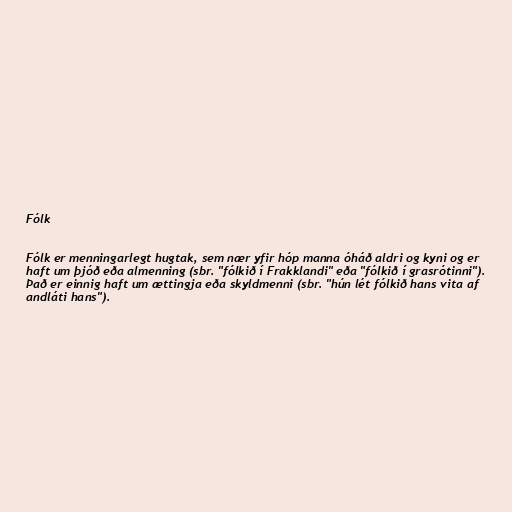
Fólk

Fólk er menningarlegt hugtak, sem nær yfir hóp manna óháð aldri og kyni og er
haft um þjóð eða almenning (sbr. "fólkið í Frakklandi" eða "fólkið í grasrótinni").
Það er einnig haft um ættingja eða skyldmenni (sbr. "hún lét fólkið hans vita af
andláti hans").